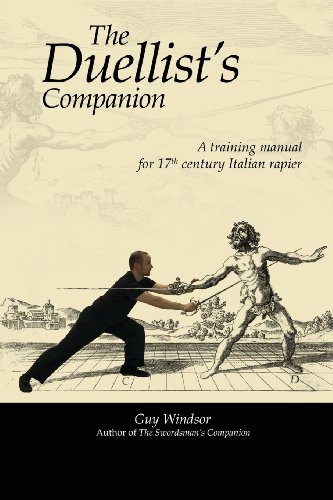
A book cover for The Duellist's Companion; Guy Windsor; Sports & Outdoors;